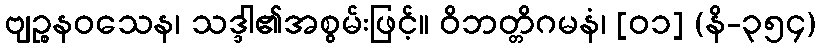
ဗျဉ္စနဝသေန၊ သဒ္ဒါ၏အစွမ်းဖြင့်။ ဝိဘတ္တိဂမနံ၊ [၀၁] (နိ-၃၅၄)